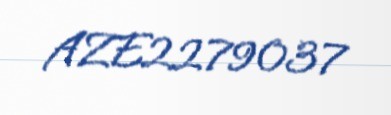
AZE2279037